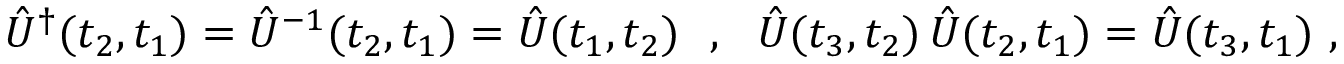
\hat { U } ^ { \dagger } ( t _ { 2 } , t _ { 1 } ) = \hat { U } ^ { - 1 } ( t _ { 2 } , t _ { 1 } ) = \hat { U } ( t _ { 1 } , t _ { 2 } ) \ \ , \ \ \hat { U } ( t _ { 3 } , t _ { 2 } ) \, \hat { U } ( t _ { 2 } , t _ { 1 } ) = \hat { U } ( t _ { 3 } , t _ { 1 } ) \ ,